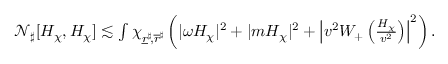
\begin{array} { r } { \mathcal { N } _ { \sharp } [ H _ { \chi } , H _ { \chi } ] \lesssim \int \chi _ { \underline { { r } } ^ { \sharp } \! , \overline { { r } } ^ { \sharp } } \left( | \omega H _ { \chi } | ^ { 2 } + | m H _ { \chi } | ^ { 2 } + \left| v ^ { 2 } W _ { + } \left( \frac { H _ { \chi } } { v ^ { 2 } } \right) \right| ^ { 2 } \right) . } \end{array}